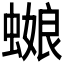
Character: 𰳕